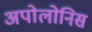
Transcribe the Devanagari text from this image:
अपोलोनिस